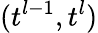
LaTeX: (t^{l-1},t^{l})